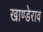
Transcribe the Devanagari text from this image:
खाण्डेराव